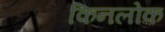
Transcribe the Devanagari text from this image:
किनलोक